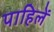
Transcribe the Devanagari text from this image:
पाहिलें